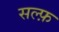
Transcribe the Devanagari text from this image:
सल्फ़